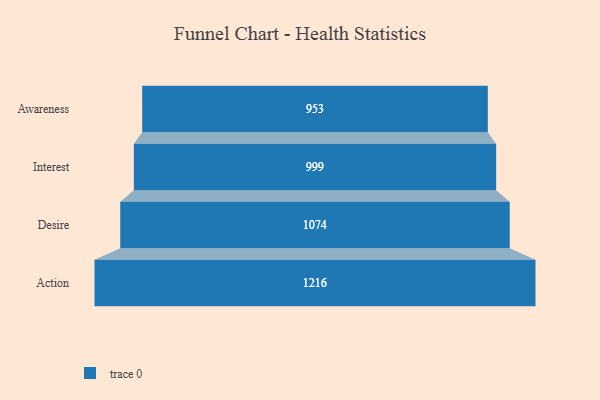
{"axis": {"x": "Stage", "y": "Value"}, "legend": [""], "data": [{"x": "Awareness", "y": 953.0, "type": ""}, {"x": "Interest", "y": 999.0, "type": ""}, {"x": "Desire", "y": 1074.0, "type": ""}, {"x": "Action", "y": 1216.0, "type": ""}]}